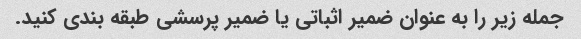
جمله زیر را به عنوان ضمیر اثباتی یا ضمیر پرسشی طبقه بندی کنید.